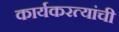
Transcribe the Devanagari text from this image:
कार्यकरत्यांची